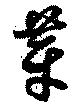
芽